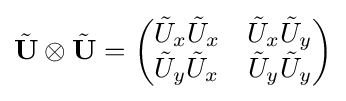
{\tilde {\mathbf {U} }}\otimes {\tilde {\mathbf {U} }}={\begin{pmatrix}{\tilde {U}}_{x}{\tilde {U}}_{x}&{\tilde {U}}_{x}{\tilde {U}}_{y}\\{\tilde {U}}_{y}{\tilde {U}}_{x}&{\tilde {U}}_{y}{\tilde {U}}_{y}\end{pmatrix}}